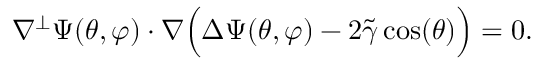
\nabla ^ { \perp } \Psi ( \theta , \varphi ) \cdot \nabla \Big ( \Delta \Psi ( \theta , \varphi ) - 2 \widetilde { \gamma } \cos ( \theta ) \Big ) = 0 .